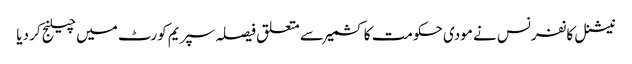
نیشنل کانفرنس نے مودی حکومت کا کشمیر سے متعلق فیصلہ سپریم کورٹ میں چیلنج کر دیا